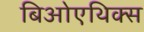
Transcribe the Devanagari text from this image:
बिओएथिक्स